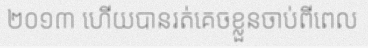
២០១៣ ហើយបានរត់គេចខ្លួនចាប់ពីពេល